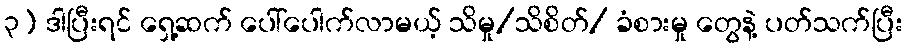
၃) ဒါပြီးရင် ရှေ့ဆက် ပေါ်ပေါက်လာမယ့် သိမှု/သိစိတ်/ ခံစားမှု တွေနဲ့ ပတ်သက်ပြီး